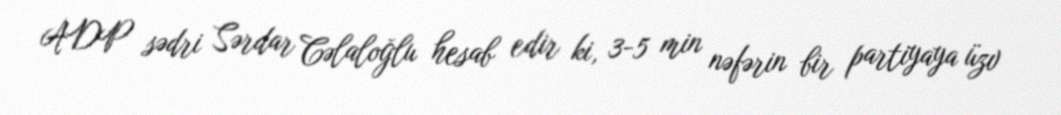
ADP sədri Sərdar Cəlaloğlu hesab edir ki, 3-5 min nəfərin bir partiyaya üzv